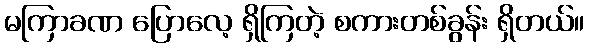
မကြာခဏ ပြောလေ့ ရှိကြတဲ့ စကားတစ်ခွန်း ရှိတယ်။